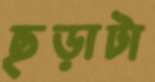
ছড়াটা